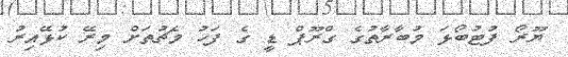
ޔޫރޯ ފުޓުބޯޅަ މުބާރާތުގެ ގްރޫޕް ޑީ ގެ ފަހު މެޗުތަށް މިރޭ ކުޅޭއިރު